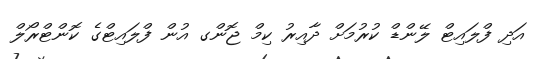
އަދި ފްލައިޓް ލޭންޑް ކުރުމަށް ދާއިރު ކިމް ޖޮންގ އުން ފްލައިޓްގެ ކޮންޓްރޯލް